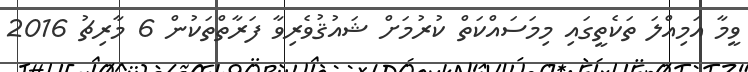
ވީމާ އަމިއްލަ ތަކެތީގައި މިމަސައްކަތް ކުރުމަށް ޝައުޤުވެރިވާ ފަރާތްތަކުން 6 މާރިޗު 2016